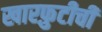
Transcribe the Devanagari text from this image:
खारफ़ुटीची